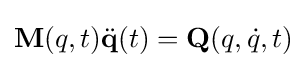
\mathbf {M} (q,t){\ddot {\mathbf {q} }}(t)=\mathbf {Q} (q,{\dot {q}},t)